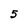
Character: 5